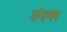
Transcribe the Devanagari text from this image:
छंदवर